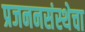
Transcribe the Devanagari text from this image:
प्रजननसंस्थेचा